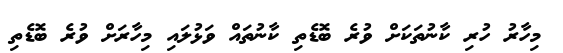
މިހާރު ހުރި ކާނުތަކަށް ވުރެ ބޮޑެތި ކާނުތައް ވަޅުލައި މިހާރަށް ވުރެ ބޮޑެތި